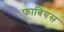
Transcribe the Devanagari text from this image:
फाबियस